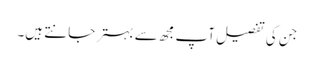
جن کی تفصیل آپ مجھ سے بہتر جانتے ہیں۔